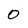
Character: 0